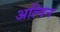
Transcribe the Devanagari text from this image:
अल्विन